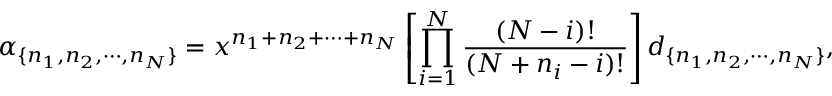
\alpha _ { \{ n _ { 1 } , n _ { 2 } , \cdots , n _ { N } \} } = x ^ { n _ { 1 } + n _ { 2 } + \cdots + n _ { N } } \left[ \prod _ { i = 1 } ^ { N } \frac { ( N - i ) ! } { ( N + n _ { i } - i ) ! } \right] d _ { \{ n _ { 1 } , n _ { 2 } , \cdots , n _ { N } \} } ,